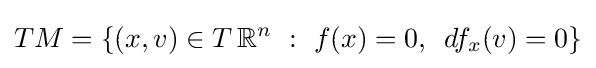
TM=\{(x,v)\in T\,\mathbb {R} ^{n}\ :\ f(x)=0,\ \,df_{x}(v)=0\}